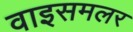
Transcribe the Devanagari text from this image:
वाइसमलर